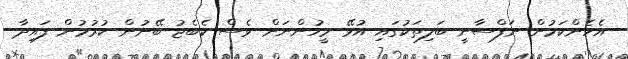
އެހެންކަމުން ނަފްސާނީ ބަލިތަކުގައި އުޅޭ މީހުންނަށް ވެސް ކެބެޖު ބޭނުން ކުރުމުން ފައިދާ